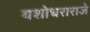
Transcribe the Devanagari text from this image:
यशोधराराजे